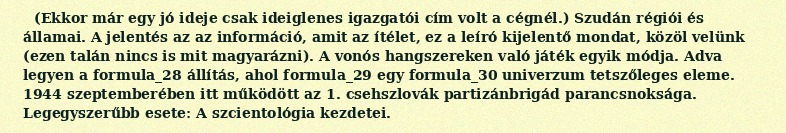
(Ekkor már egy jó ideje csak ideiglenes igazgatói cím volt a cégnél.) Szudán régiói és államai. A jelentés az az információ, amit az ítélet, ez a leíró kijelentő mondat, közöl velünk (ezen talán nincs is mit magyarázni). A vonós hangszereken való játék egyik módja. Adva legyen a formula_28 állítás, ahol formula_29 egy formula_30 univerzum tetszőleges eleme. 1944 szeptemberében itt működött az 1. csehszlovák partizánbrigád parancsnoksága. Legegyszerűbb esete: A szcientológia kezdetei.